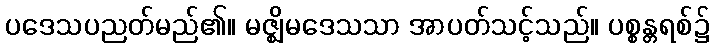
ပဒေသပညတ်မည်၏။ မဇ္ဈိမဒေသသာ အာပတ်သင့်သည်။ ပစ္စန္တရစ်၌